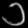
Digit: ၁